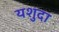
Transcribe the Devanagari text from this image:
यशुदा